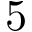
5